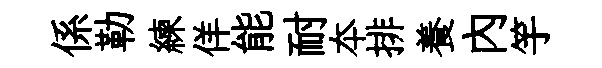
係勒練佯能耐夲排養内竽